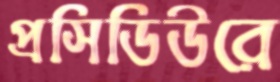
প্রসিডিউরে